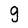
Character: g